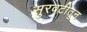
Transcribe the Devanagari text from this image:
सुरवटीतून